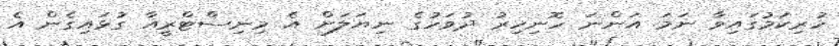
ހުރިކަމުގައިވާ ނަމަ އަންނަ ހޮނިހިރު ދުވަހުގެ ނިޔަލަށް އެ މިނިސްޓްރީއާ ގުޅައިގެން އެ